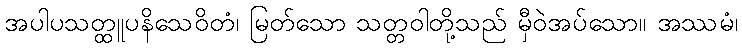
အပါပသတ္ထူပနိသေဝိတံ၊ မြတ်သော သတ္တဝါတို့သည် မှီဝဲအပ်သော။ အဿမံ၊